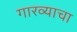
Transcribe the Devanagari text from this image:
गारव्याचा